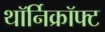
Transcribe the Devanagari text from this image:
थॉर्निक्रॉफ्ट